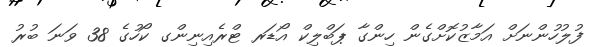
ފުލުހުންނަށް އަމާޒުކޮށްގެން ހިންގާ ޕަބްލިކް އޯޑަރ ޓްރެއިނިންގ ކޯހުގެ 38 ވަނަ ބުރު